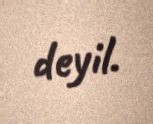
deyil.